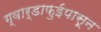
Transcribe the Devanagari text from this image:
ग्वार्डाफुईपासून